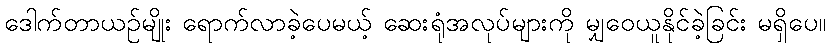
ဒေါက်တာယဉ်မျိုး ရောက်လာခဲ့ပေမယ့် ဆေးရုံအလုပ်များကို မျှဝေယူနိုင်ခဲ့ခြင်း မရှိပေ။